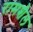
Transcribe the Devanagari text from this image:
रामशैल